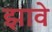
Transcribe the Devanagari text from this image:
झावे